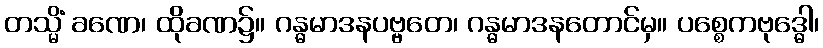
တသ္မိံ ခဏေ၊ ထိုခဏ၌။ ဂန္ဓမာဒနပဗ္ဗတေ၊ ဂန္ဓမာဒနတောင်မှ။ ပစ္စေကဗုဒ္ဓေါ၊